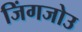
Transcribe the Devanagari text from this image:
जिंगजोउ